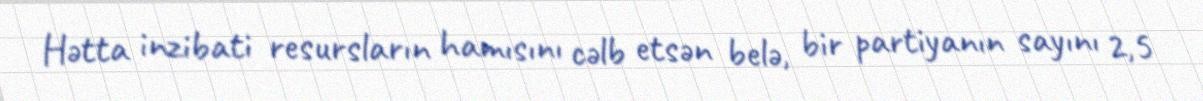
Hətta inzibati resursların hamısını cəlb etsən belə, bir partiyanın sayını 2,5